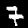
Digit: 7